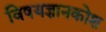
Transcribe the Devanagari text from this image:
विषयज्ञानकोश